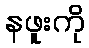
နဖူးကို